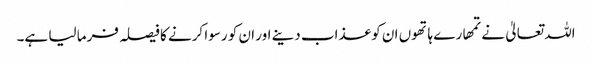
اللہ تعالیٰ نے تمھارے ہاتھوں ان کو عذاب دینے اور ان کو رسوا کرنے کا فیصلہ فرما لیا ہے۔